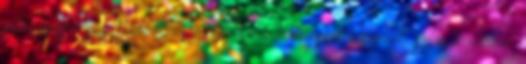
szláv császárság. Kizárólagosan a pánszláv történészek beszélnek „szláv birodalom”